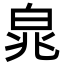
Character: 㿡